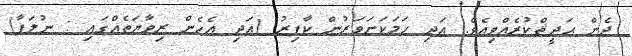
ދެން ޙަދީޘްކުރެއްވިއެވެ. އަދި ހަމަކަށަވަރުން ކާފިރު (އަދި އެހެން ރިވާޔަތެއްގައި : ނުލަފާ)